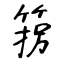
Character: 箉